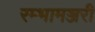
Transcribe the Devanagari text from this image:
रम्भामञ्जरी